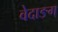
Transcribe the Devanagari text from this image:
वेदाङग्